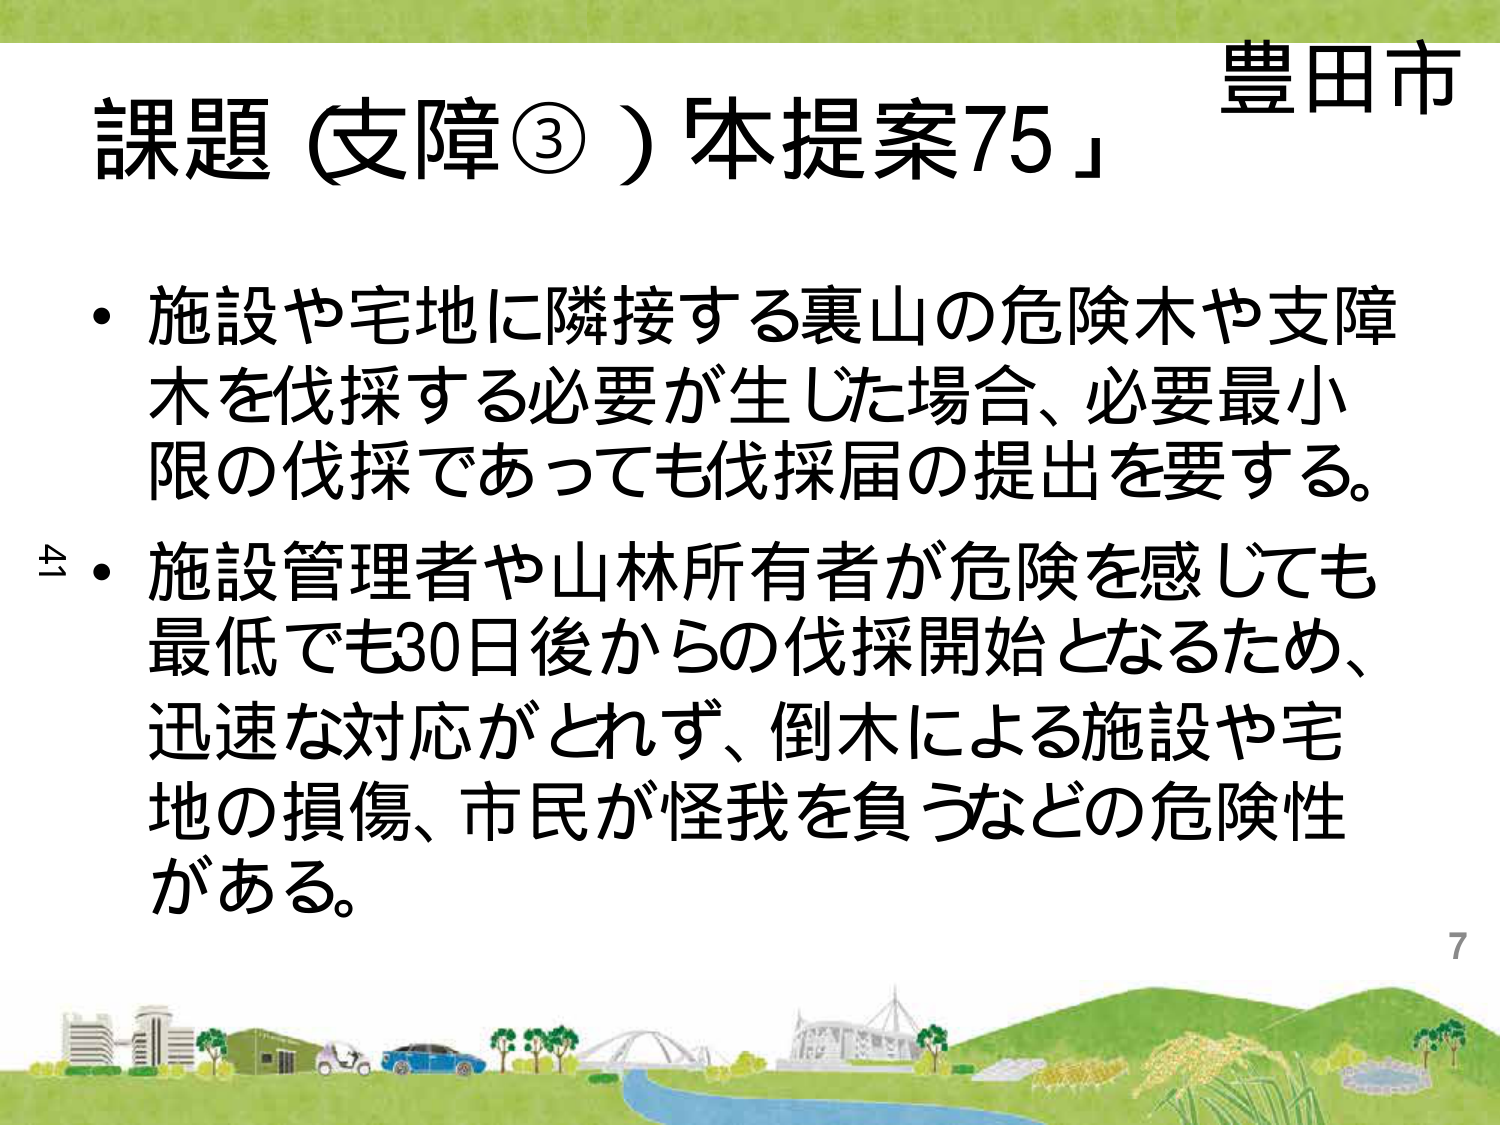
豊田市
課題（支障③）「本提案75」
・施設や宅地に隣接する裏山の危険木や支障木を伐採する必要が生じた場合、必要最小限の伐採であっても伐採届の提出を要する。
・施設管理者や山林所有者が危険を感じても最低でも30日後からの伐採開始となるため、迅速な対応がとれず、倒木による施設や宅地の損傷、市民が怪我を負うなどの危険性がある。
7